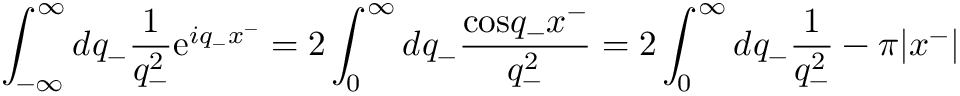
\int _ { - \infty } ^ { \infty } d q _ { - } \frac { 1 } { q _ { - } ^ { 2 } } \mathrm { e } ^ { i q _ { - } x ^ { - } } = 2 \int _ { 0 } ^ { \infty } d q _ { - } \frac { \mathrm { c o s } q _ { - } x ^ { - } } { q _ { - } ^ { 2 } } = 2 \int _ { 0 } ^ { \infty } d q _ { - } \frac { 1 } { q _ { - } ^ { 2 } } - { \pi } | x ^ { - } |